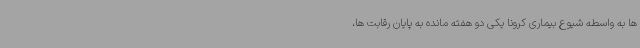
ها به واسطه شیوع بیماری کرونا یکی دو هفته مانده به پایان رقابت ها،